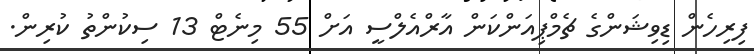
ފިރިހެން ޑިވިޝަންގެ ޗެމްޕިއަންކަން އާރްއެލްސީ އަށް 55 މިނެޓް 13 ސިކުންތު ކުރިން.